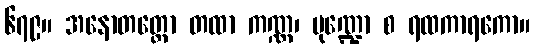
၆၇၉။ အနောတတ္တော တထာ ကဏ္ဏ၊ မုဏ္ဍော စ ရထကာရကော။